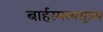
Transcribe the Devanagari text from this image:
बार्हस्पत्यसूत्रम